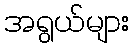
အရွယ်များ